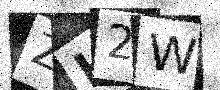
Text: ZH2W